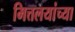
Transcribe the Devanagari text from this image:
मित्तलयांच्या